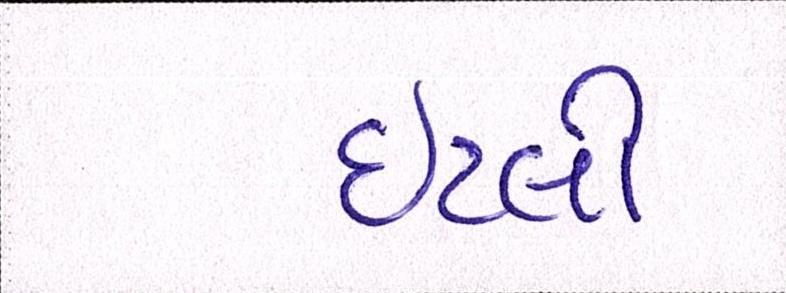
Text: ઇટલી